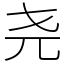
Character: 尧